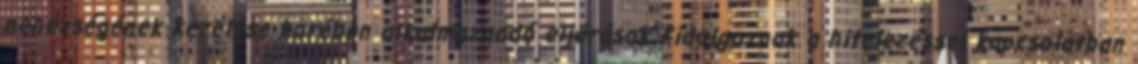
nehézségének kezelése körében alkalmazandó eljárások Kidolgoznak a hitelezéssel kapcsolatban